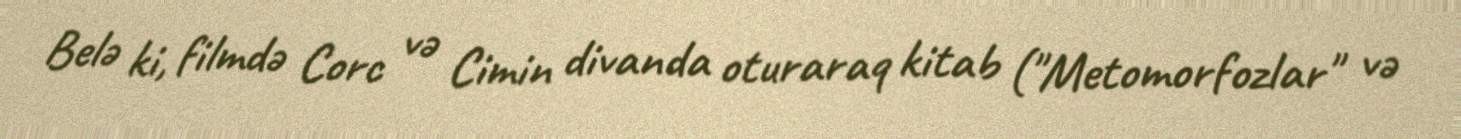
Belə ki, filmdə Corc və Cimin divanda oturaraq kitab ("Metomorfozlar" və